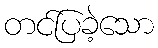
တင်ပြခဲ့သော